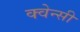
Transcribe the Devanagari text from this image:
क्वेन्सी